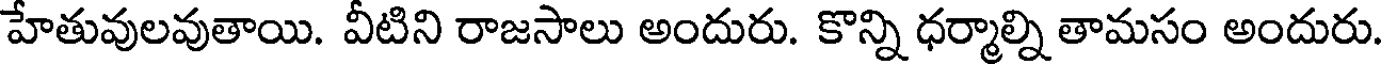
హేతువులవుతాయి. వీటిని రాజసాలు అందురు. కొన్ని ధర్మాల్ని తామసం అందురు